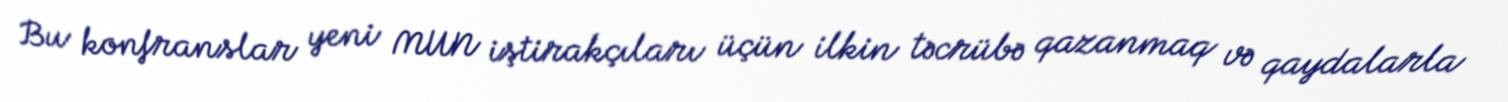
Bu konfranslar yeni MUN iştirakçıları üçün ilkin təcrübə qazanmaq və qaydalarla